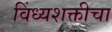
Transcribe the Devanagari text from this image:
विंध्यशक्तीचा